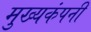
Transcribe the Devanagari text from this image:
मुख्यकंपनी